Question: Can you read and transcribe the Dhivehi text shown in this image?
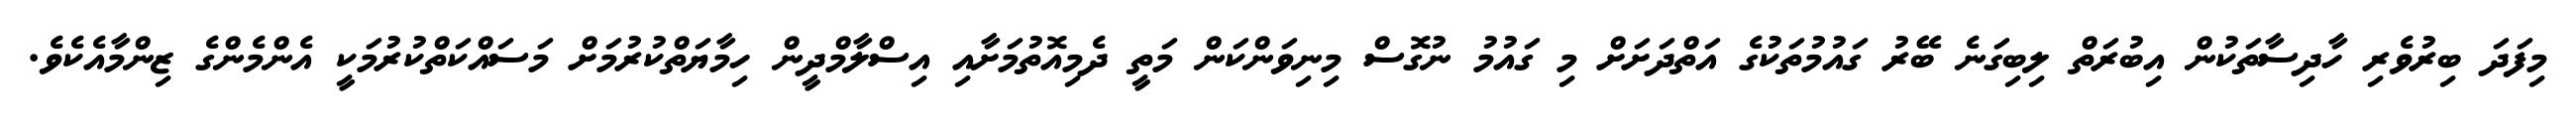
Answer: މިފަދަ ބިރުވެރި ހާދިސާތަކުން އިބުރަތް ލިބިގަނެ ބޭރު ގައުމުތަކުގެ އަތްދަށަށް މި ގައުމު ނުގޮސް މިނިވަންކަން މަތީ ދެމިއޮތުމަށާއި އިސްލާމްދީން ހިމާޔަތްކުރުމަށް މަސައްކަތްކުރުމަކީ އެންމެންގެ ޒިންމާއެކެވެ.